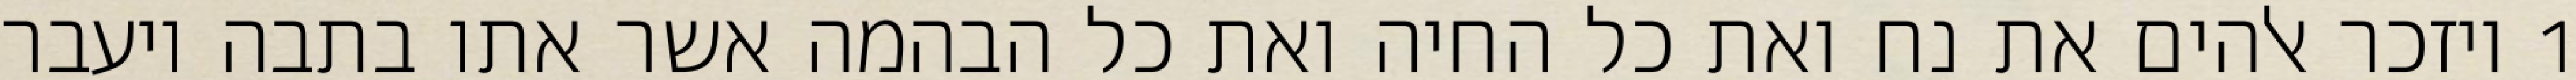
1 ויזכר אלהים את נח ואת כל החיה ואת כל הבהמה אשר אתו בתבה ויעבר